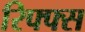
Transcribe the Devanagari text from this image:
रिफ्फ्स